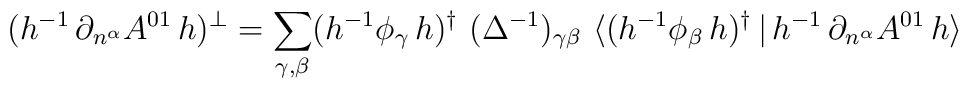
(h^{-1}\,\partial_{n^\alpha}A^{01}\,h)^\bot=	\sum_{\gamma,\beta} (h^{-1}\phi_\gamma\, h)^\dagger\ (\Delta^{-1})_{\gamma\beta}\ 	\big\langle (h^{-1}\phi_\beta\, h)^\dagger\,\big|\,h^{-1}\,\partial_{n^\alpha}A^{01}\,h	\big\rangle